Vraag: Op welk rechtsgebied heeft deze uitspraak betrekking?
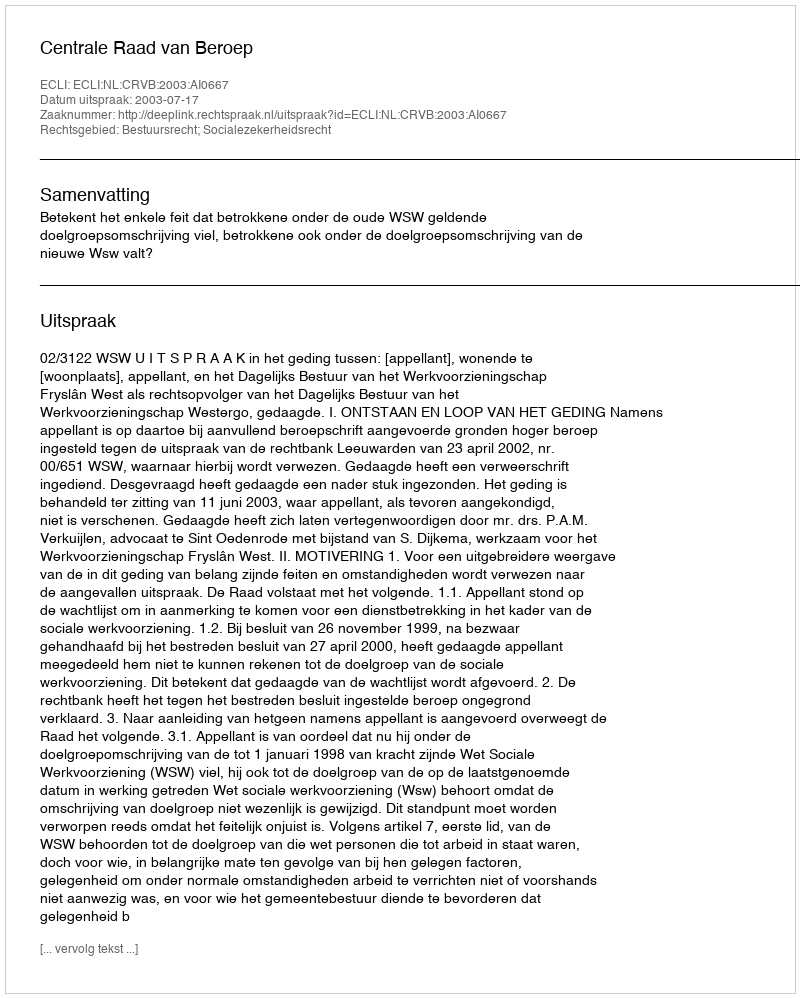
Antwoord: Bestuursrecht; Socialezekerheidsrecht